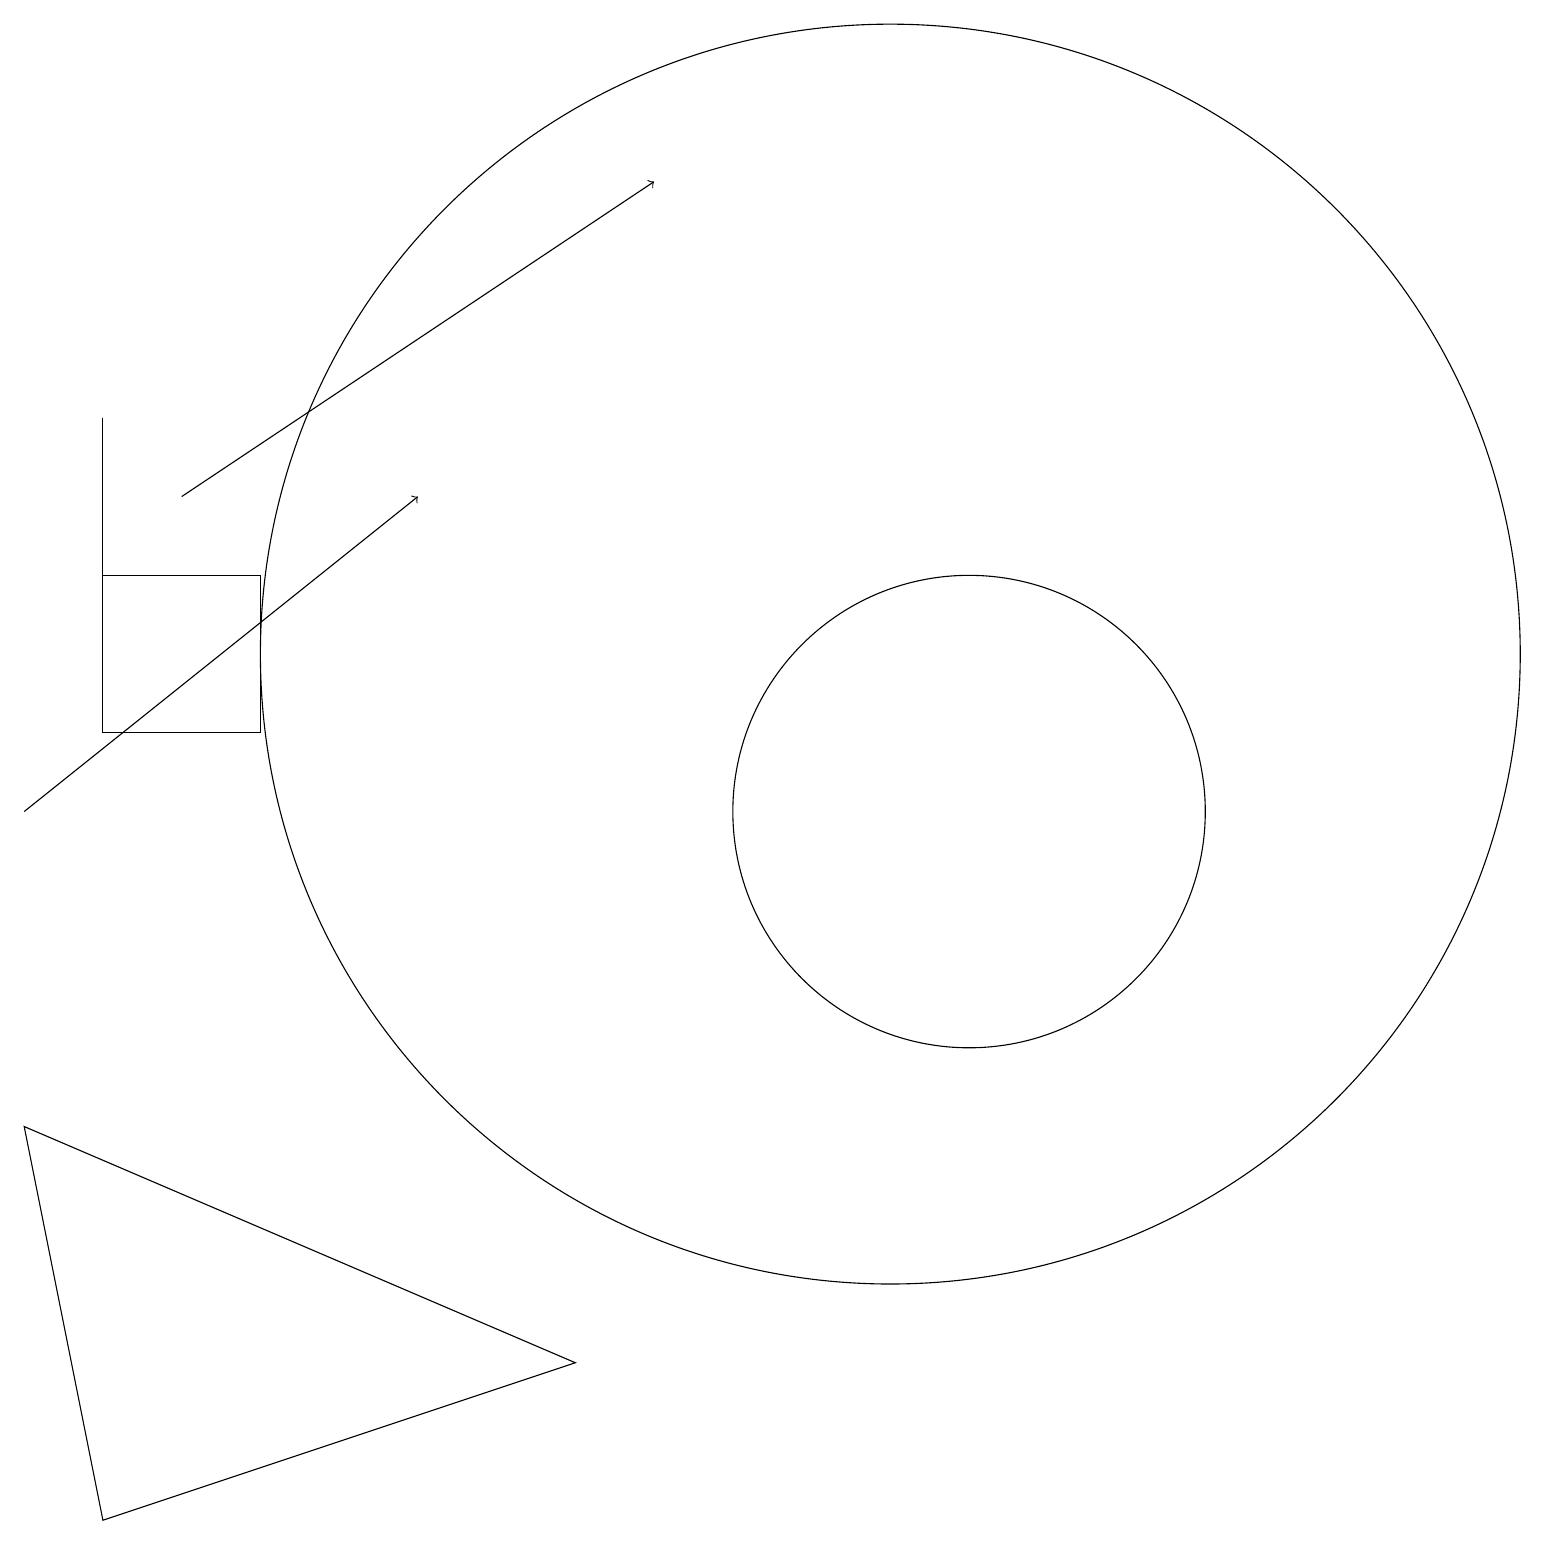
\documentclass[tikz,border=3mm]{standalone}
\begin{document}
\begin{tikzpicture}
\draw[->] (2,14) -- (8,18);
\draw (12,10) circle (3);
\draw (1,12) rectangle (1,15);
\draw (11,12) circle (8);
\draw (1,1) -- (7,3) -- (0,6) -- cycle;
\draw (1,11) rectangle (3,13);
\draw[->] (0,10) -- (5,14);
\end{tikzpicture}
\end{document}